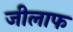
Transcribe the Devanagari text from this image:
जीलाफ